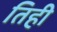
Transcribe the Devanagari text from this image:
तिही